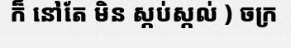
ក៏ នៅតែ មិន ស្កប់ស្កល់ ) ចក្រ